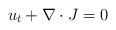
LaTeX: \begin{align*}u_{t}+\nabla\cdot J=0 \end{align*}